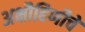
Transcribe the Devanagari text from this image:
अक्षौहिणीचे